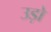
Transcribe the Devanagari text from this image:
उड़ो